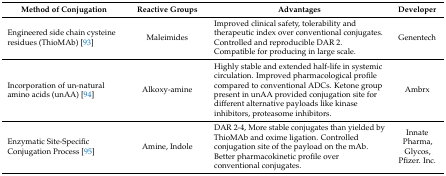
| Method of Conjugation | Reactive Groups | Advantages | Developer |
 | --- | --- | --- | --- |
 | Engineered side chain cysteine residues (ThioMAb) [93] | Maleimides | Improved clinical safety, tolerability and therapeutic index over conventional conjugates.Controlled and reproducible DAR 2. Compatible for producing in large scale. | Genentech |
 | Incorporation of un-natural amino acids (unAA) [94] | Alkoxy-amine | Highly stable and extended half-life in systemic circulation. Improved pharmacological profile compared to conventional ADCs. Ketone group present in unAA provided conjugation site for different alternative payloads like kinase inhibitors, proteasome inhibitors. | Ambrx |
 | Enzymatic Site-Specific Conjugation Process [95] | Amine, Indole | DAR 2-4, More stable conjugates than yielded by ThioMAb and oxime ligation. Controlled conjugation site of the payload on the mAb.Better pharmacokinetic profile over conventional conjugates. | Innate Pharma, Glycos, Pfizer. Inc. |